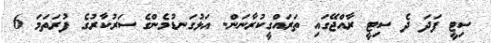
ސިޓީ ފަދަ ދެ ސިޓީ ރާއްޖޭގައި ތަރައްގީކުރާނަން. އަޅުގަނޑުމެންގެ ސަރުކާރުގެ ފުރަތަމަ 6